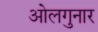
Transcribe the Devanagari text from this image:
ओलगुनार